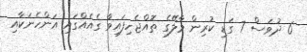
6 ދުވަސް 7 ގަޑި ކުރިން މާލޭގެ ތޮއްޖެހިފައިވާ ގެއެއްގައި އަންހެނަކާއި